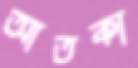
আতকা